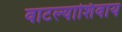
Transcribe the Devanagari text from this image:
वाटल्याशिवाय